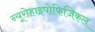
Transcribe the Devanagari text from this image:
न्यूरोहाइपोफिजिकल